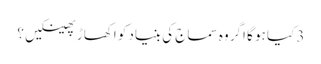
3 کیا ہو گا اگر وہ سماج کی بنیاد کو اکھاڑ پھینکیں ؟